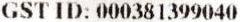
GST ID: 000381399040